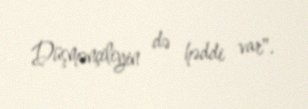
Düşmənçiliyin də həddi var".